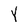
Character: Y